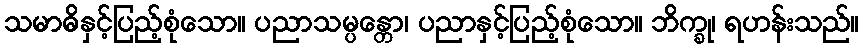
သမာဓိနှင့်ပြည့်စုံသော။ ပညာသမ္ပန္တော၊ ပညာနှင့်ပြည့်စုံသော။ ဘိက္ခု၊ ရဟန်းသည်။